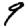
Digit: 9